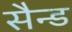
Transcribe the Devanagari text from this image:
सैन्ड